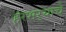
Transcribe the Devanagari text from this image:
हरभर्‍याचे